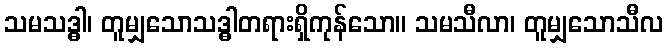
သမသဒ္ဓါ၊ တူမျှသောသဒ္ဓါတရားရှိကုန်သော။ သမသီလာ၊ တူမျှသောသီလ